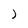
Character: J